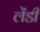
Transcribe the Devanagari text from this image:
लेंडीं